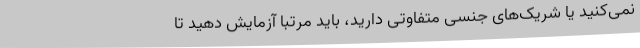
نمی‌کنید یا شریک‌های جنسی متفاوتی دارید، باید مرتباً آزمایش دهید تا